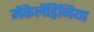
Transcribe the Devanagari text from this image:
मेंकैलेंड्रिनिया